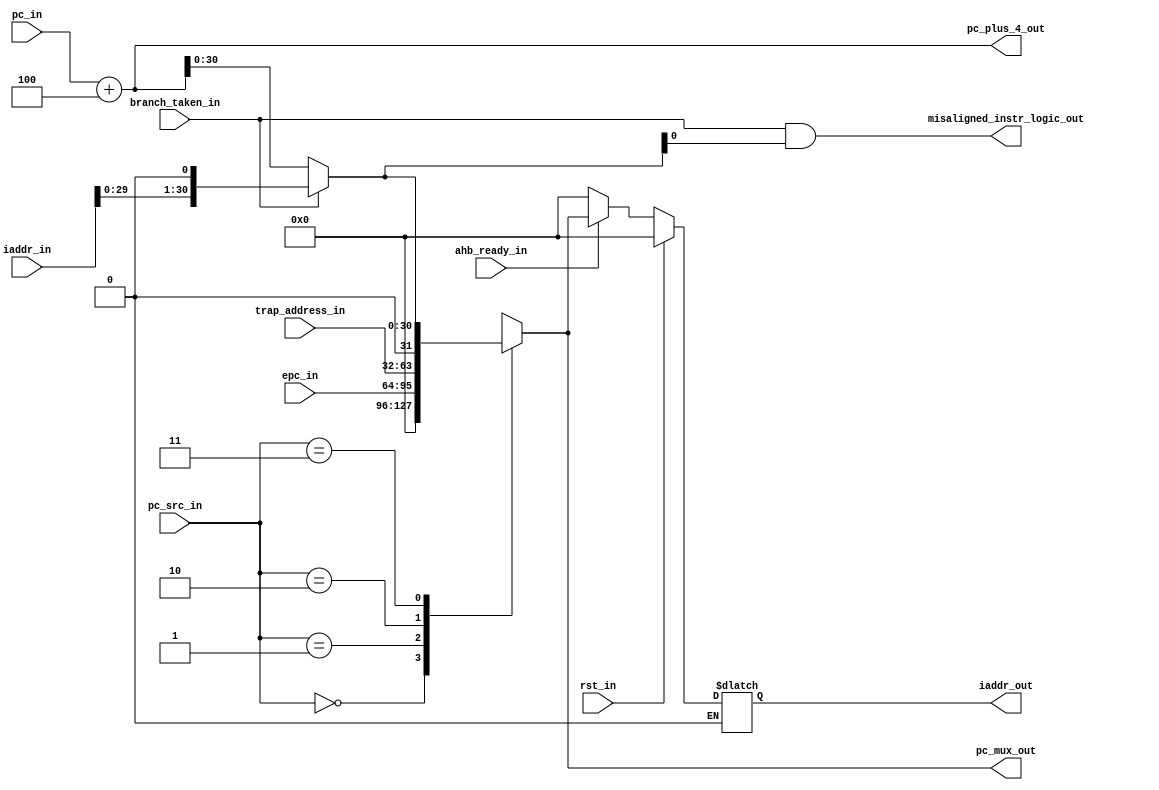
module msrv32_pc_mux(rst_in,
            pc_src_in,
            epc_in,
            trap_address_in,
            branch_taken_in,
            iaddr_in,
            ahb_ready_in,
            pc_in,
            iaddr_out,
            pc_plus_4_out,
            misaligned_instr_logic_out,
            pc_mux_out);
input rst_in,branch_taken_in,ahb_ready_in;
input [1:0] pc_src_in;
input [31:0] epc_in, trap_address_in,pc_in;
input [31:0] iaddr_in;
output [31:0]  pc_plus_4_out;
output reg [31:0] iaddr_out,pc_mux_out;
output misaligned_instr_logic_out;
reg [31:1] next_pc;
parameter BOOT_ADDRESS = 32'd0;
assign pc_plus_4_out = pc_in + 32'h00000004;
assign misaligned_instr_logic_out = branch_taken_in & next_pc[1]; 

always @(*) begin
    if(branch_taken_in==1)
        next_pc = {iaddr_in,1'b0};
    else
        next_pc = pc_plus_4_out;
end

always @(*) begin
    case (pc_src_in)
        2'd0: pc_mux_out = BOOT_ADDRESS;
        2'd1: pc_mux_out = epc_in;
        2'd2: pc_mux_out = trap_address_in;
        2'd3: pc_mux_out = next_pc;
    endcase  
end

always @(*) begin
    if(rst_in)
        iaddr_out = BOOT_ADDRESS;
    else if(ahb_ready_in)
        iaddr_out = pc_mux_out;
    else if(ahb_ready_in==0)
        iaddr_out = 0;
end

endmodule